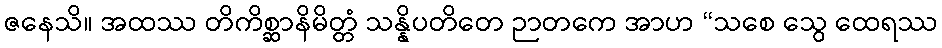
ဇနေသိ။ အထဿ တိကိစ္ဆာနိမိတ္တံ သန္နိပတိတေ ဉာတကေ အာဟ “သစေ သွေ ထေရဿ